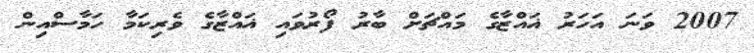
2007 ވަނަ އަހަރު ޣައްޒާގެ މައްޗަށް ބާރު ފޯރުވައި ޣައްޒާގެ ވެރިކަމާ ހަމާސްއިން